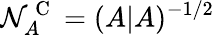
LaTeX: \mathcal{N}_{A}^{\mathrm{{~C~}}}=(A|A)^{-1/2}